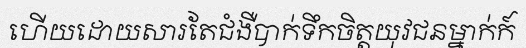
ហើយដោយសារតែជំងឺបាក់ទឹកចិត្តយុវជនម្នាក់ក៍